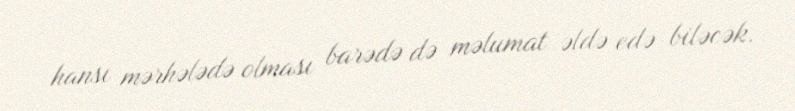
hansı mərhələdə olması barədə də məlumat əldə edə biləcək.